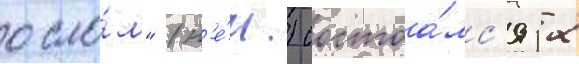
осло́м" (н'е́м.) состоа́лс'я 12